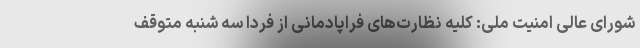
شورای عالی امنیت ملی: کلیه نظارت‌های فراپادمانی از فردا سه شنبه متوقف